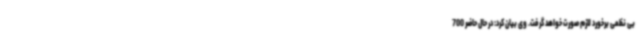
بی نظمی برخورد لازم صورت خواهد گرفت. وی بیان کرد: در حال حاضر 700